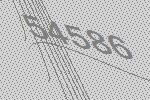
54586